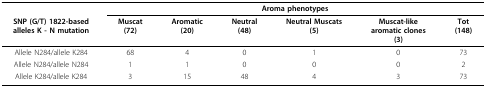
<table><thead><tr><td></td><td colspan="6"><b>Aroma phenotypes</b></td></tr><tr><td><b>SNP (G/T) 1822-basedalleles K - N mutation</b></td><td><b>Muscat(72)</b></td><td><b>Aromatic(20)</b></td><td><b>Neutral(48)</b></td><td><b>Neutral Muscats(5)</b></td><td><b>Muscat-likearomatic clones(3)</b></td><td><b>Tot(148)</b></td></tr></thead><tbody><tr><td>Allele N284/allele K284</td><td>68</td><td>4</td><td>0</td><td>1</td><td>0</td><td>73</td></tr><tr><td>Allele N284/allele N284</td><td>1</td><td>1</td><td>0</td><td>0</td><td>0</td><td>2</td></tr><tr><td>Allele K284/allele K284</td><td>3</td><td>15</td><td>48</td><td>4</td><td>3</td><td>73</td></tr></tbody></table>